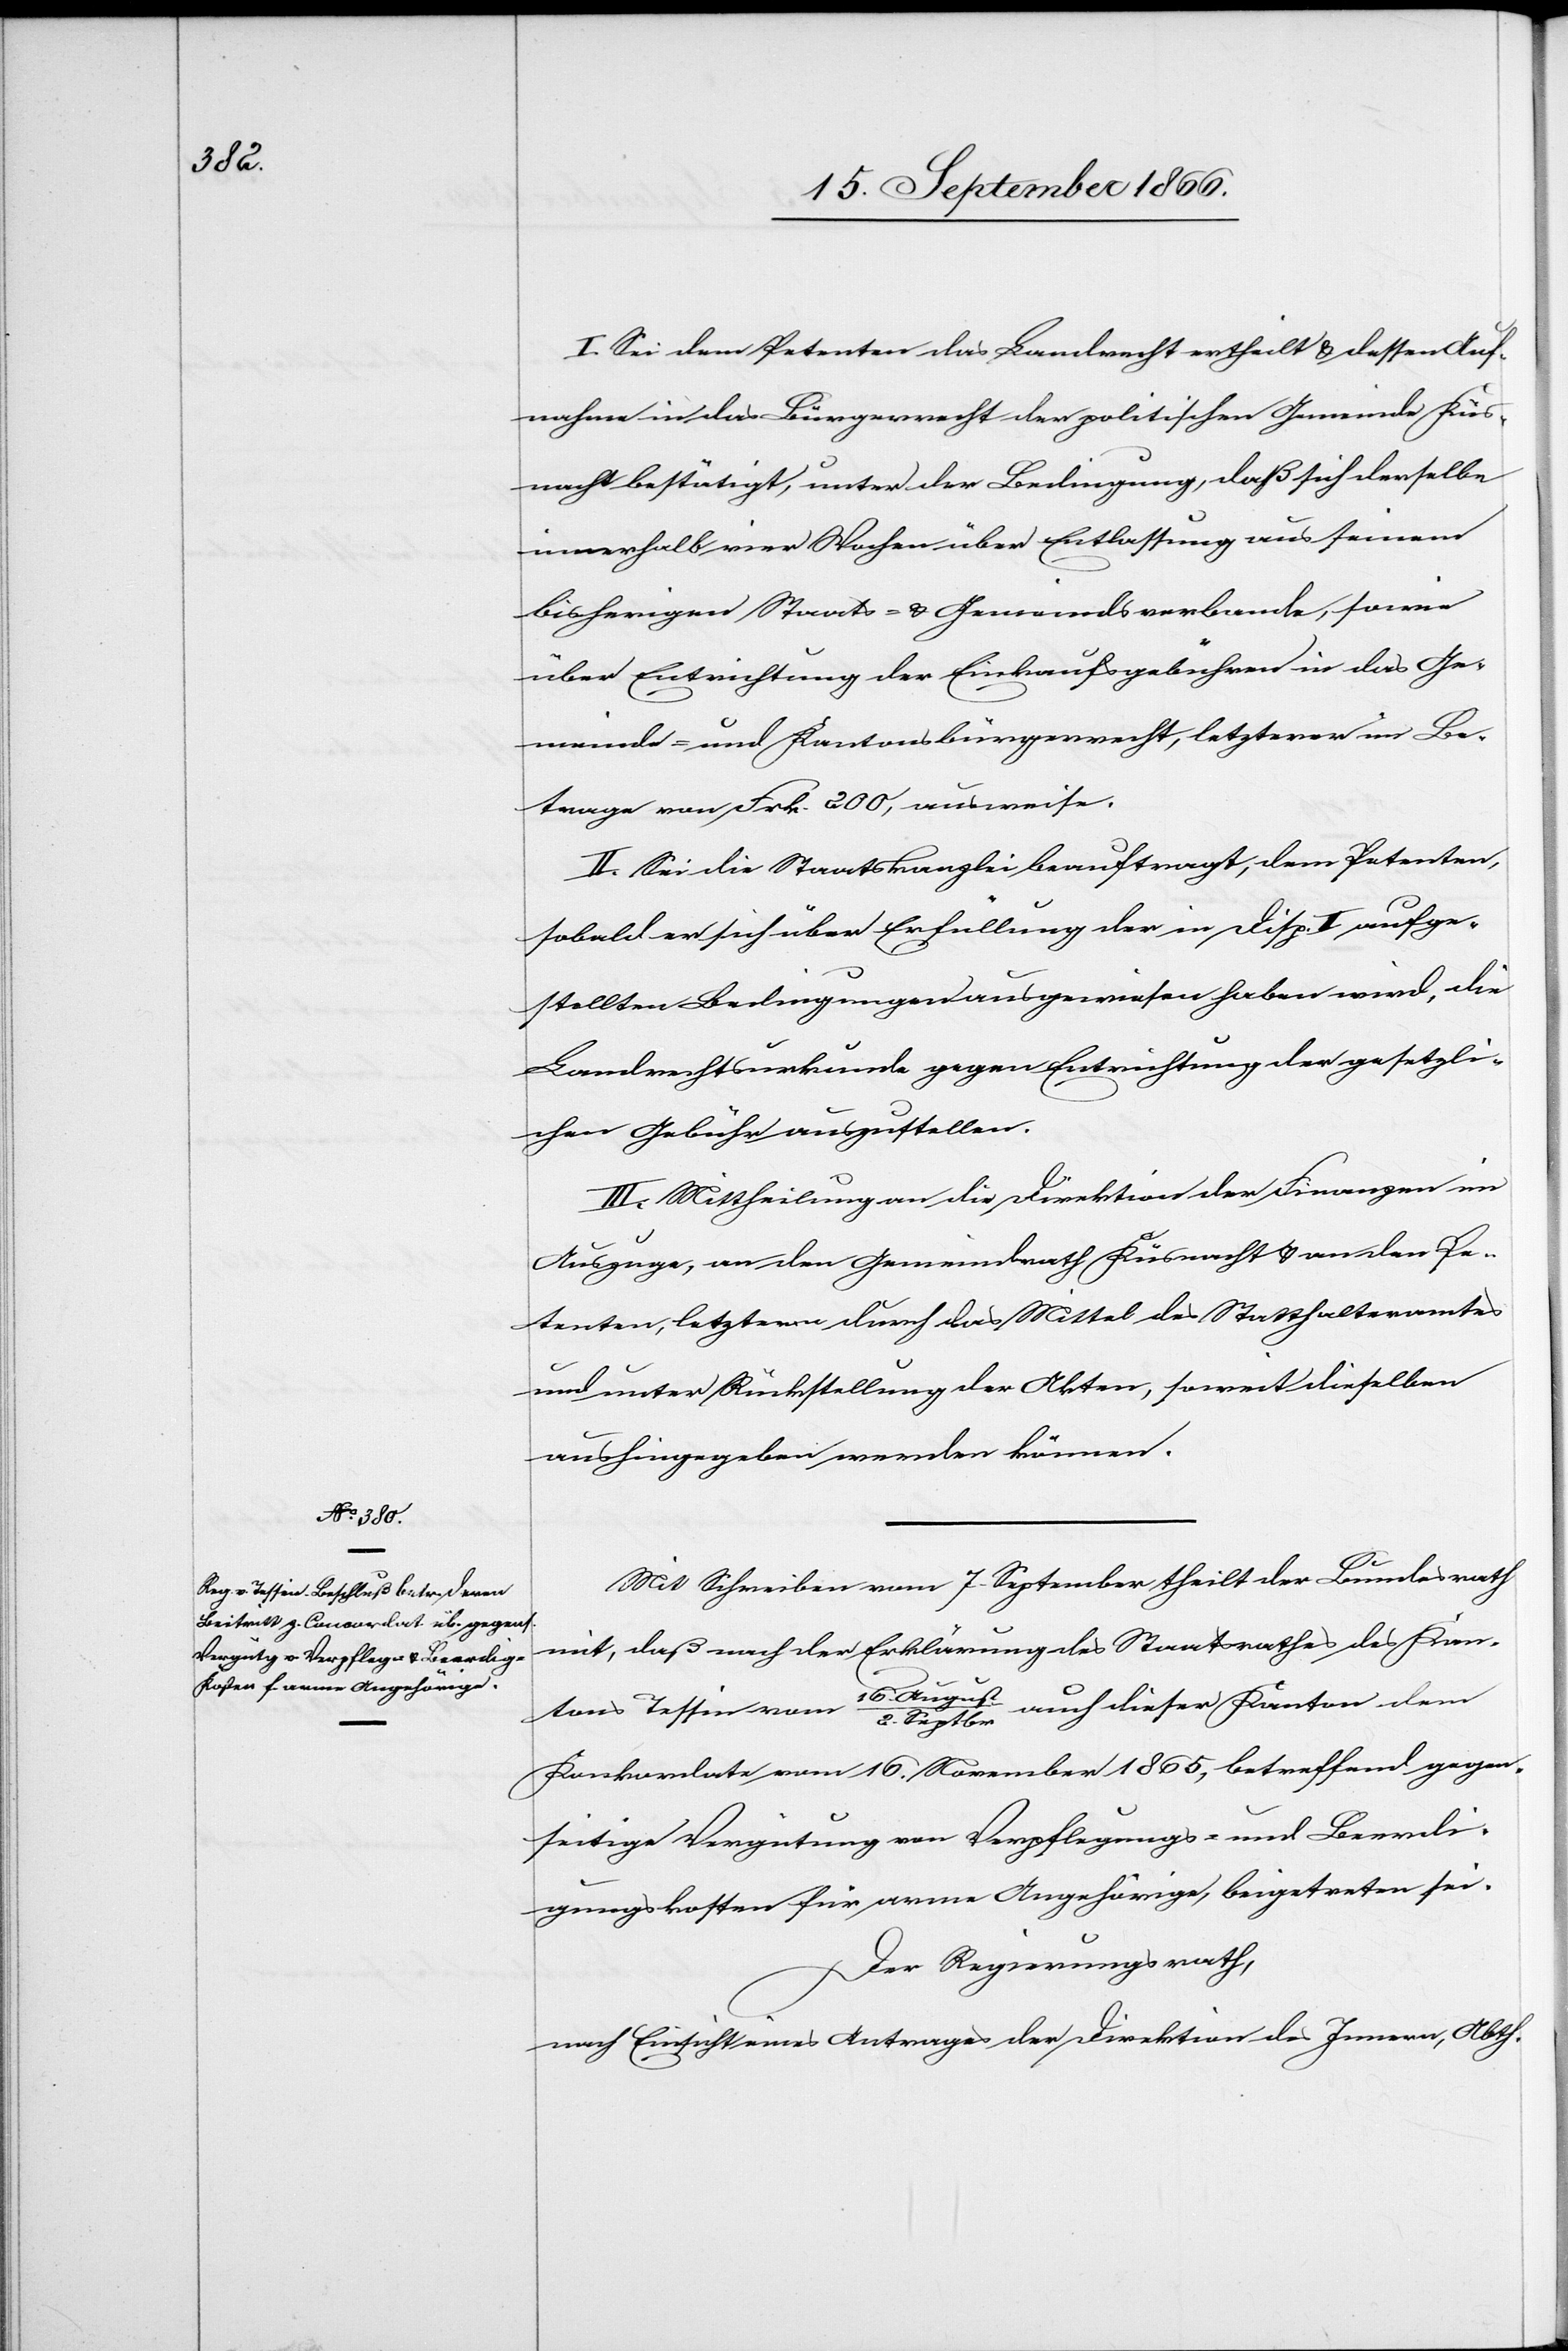
Septbr

I. Sei dem Petenten das Landrecht ertheilt u. dessen Auf¬
nahme in das Bürgerrecht der politischen Gemeinde Küs¬
nacht bestätigt, unter der Bedingung, daß sich derselbe
innerhalb vier Wochen über Entlassung aus seinem
bisherigen Staats- u. Gemeindsverbande, sowie
über Entrichtung der Einkaufsgebühr in das Ge¬
meinde- u. Kantonalbürgerrecht, letzterer im Be¬
trag von Frk. 200, ausweise.
II. Sei die Staatskanzlei beauftragt, dem Petenten,
sobald er sich über Erfüllung der in Disp. I aufge¬
stellten Bedingungen ausgewiesen haben wird, die
Landrechtsurkunde gegen Entrichtung der gesetzli¬
chen Gebühr auszustellen.
III. Mittheilung an die Direktion der Finanzen im
Auszuge; an den Gemeindrath Küsnacht u. an den Pe¬
tenten, letztern durch das Mittel des Statthalteramtes
und unter Rückstellung der Akten, soweit dieselben
aushingegeben werden können.
Mit Schreiben vom 7. September theilt der Bundesrath
mit, daß nach der Erklärung des Staatsrathes des Kan¬
16.
2.
auch dieser Kanton dem
Konkordate vom 16. November 1865, betreffend gegen¬
seitige Vergütung von Verpflegungs- und Beerdi¬
gungskosten für arme Angehörige, beigetreten sei.
Der Regierungsrath,
nach Einsicht eines Antrages der Direktion des Innern, Abth.